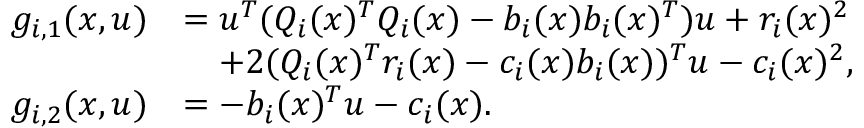
\begin{array} { r l } { g _ { i , 1 } ( x , u ) } & { = u ^ { T } ( Q _ { i } ( x ) ^ { T } Q _ { i } ( x ) - b _ { i } ( x ) b _ { i } ( x ) ^ { T } ) u + r _ { i } ( x ) ^ { 2 } } \\ & { \quad + 2 ( Q _ { i } ( x ) ^ { T } r _ { i } ( x ) - c _ { i } ( x ) b _ { i } ( x ) ) ^ { T } u - c _ { i } ( x ) ^ { 2 } , } \\ { g _ { i , 2 } ( x , u ) } & { = - b _ { i } ( x ) ^ { T } u - c _ { i } ( x ) . } \end{array}